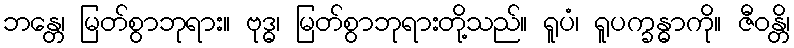
ဘန္တေ၊ မြတ်စွာဘုရား။ ဗုဒ္ဓ၊ မြတ်စွာဘုရားတို့သည်။ ရူပံ၊ ရူပက္ခန္ဓာကို။ ဇီဝန္တိ၊